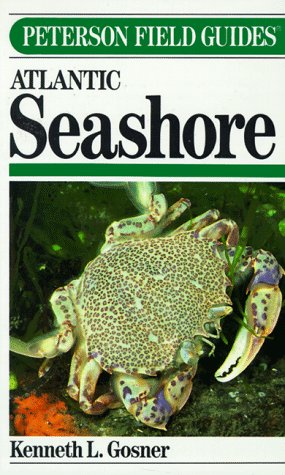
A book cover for Field Guide to the Atlantic Seashore from the Bay of Fundy to Cape Hatteras (Peterson Field Guide Series); Kenneth L. Gosner; Science & Math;